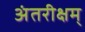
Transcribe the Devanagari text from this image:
अंतरीक्षम्